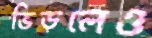
ভিড়লেও